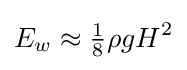
{E_{w}\approx {\tfrac {1}{8}}\rho gH^{2}}